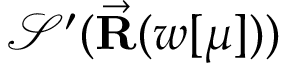
\mathcal { S } ^ { \prime } ( \vec { \bf R } ( w [ \mu ] ) )